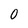
Character: 0